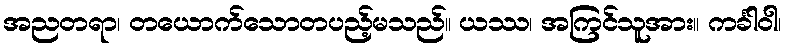
အညတရာ၊ တယောက်သောတပည့်မသည်။ ယဿ၊ အကြင်သူအား။ ကင်္ခါဝါ၊